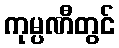
ကုမ္ပဏီတွင်